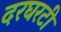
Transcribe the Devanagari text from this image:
दरघरटी